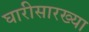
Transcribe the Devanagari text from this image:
घारीसारख्या